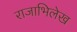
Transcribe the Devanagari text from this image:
राजाभिलेख